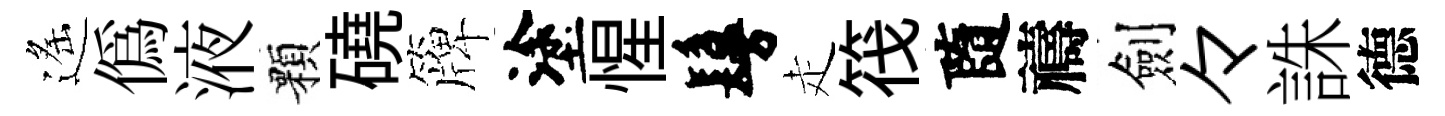
遙偽液顆磽簰塗惺鬘走筏隨禱劍々誅德